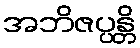
အဘိဇပ္ပန္တိ